Document type: Sale
Year: 1275
Scribe: Salvador de Baiona
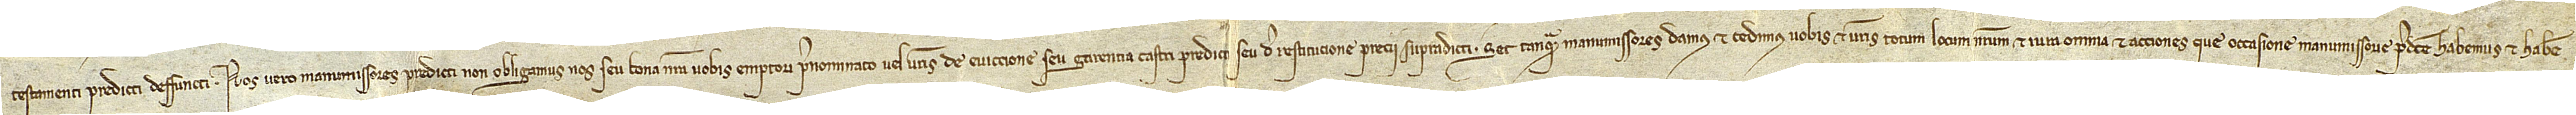
testamenti predicti deffuncti. Nos vero manumissores predicti non obligamus nos seu bona nostra vobis emptori prenominato vel vestris de eviccione seu garentia castri predicti seu de restitutione precii supradicti. Set tanquam manumissores damus et cedimus vobis et vestris totum locum nostrum et iura omnia et acciones que occasione manumissorie predicte habemus et habere